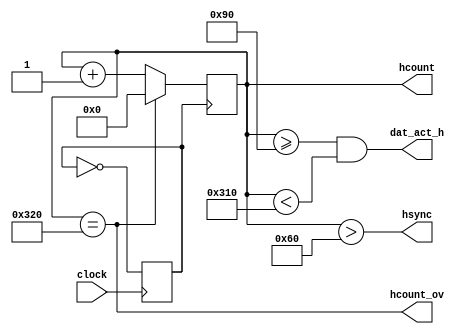
/*
Autor: Malki-edheq Benjamim
Disciplina: Eletrnica Digital 1A
Descrio: Mdulo para sincronizao horizontal da interface VGA
Referncia: 
	https://web.mit.edu/6.111/www/labkit/vga.shtml
	http://tinyvga.com/vga-timing
	
Detalhamento:

	O mdulo `horizontal_sync`  responsvel por gerar os sinais de sincronizao horizontal necessrios para a interface VGA. Esses sinais controlam a posio horizontal da varredura da tela e permitem que o monitor sincronize a exibio de dados corretamente. O mdulo trabalha em conjunto com o mdulo de sincronizao vertical (`vertical_sync`) e o gerador de pixels (`pixel_generator`) para formar a base da interface VGA completa.

	1. **Entradas:**
		- `clock`: O sinal de clock do sistema.
		
	2. **Sadas:**
		- `hsync`: Sinal de sincronizao horizontal que indica o incio de uma nova linha na tela.
		- `hcount`: Contador de varredura horizontal que representa a posio atual da varredura na linha.
		- `hcount_ov`: Sinal que indica o estouro do contador de varredura horizontal, ou seja, quando uma nova linha comea.
		- `dat_act_h`: Sinal de ativao de pixels horizontal, que  usado para ativar os pixels apenas durante a varredura ativa da linha.
		
	3. **Parmetros e Constantes:**
		- Os parmetros definem os valores de temporizao da varredura horizontal, como o tempo de durao do pulso de sincronizao horizontal, a largura do prtico de trs e da frente e a resoluo horizontal da tela.
		
	4. **Variveis e Sinais Internos:**
		- `hcount`: Registrador para armazenar o valor atual da varredura horizontal.
		- `vga_clk`: Sinal de clock interno para sincronizao.
		
	5. **Lgica de Gerao de Clock Interno:**
		- Gera um sinal de clock interno `vga_clk` com uma frequncia de 25 MHz para sincronizao.
		
	6. **Lgica de Contagem de Varredura Horizontal:**
		- O contador de varredura horizontal `hcount`  incrementado a cada ciclo de clock, representando a posio atual da varredura na linha.
		- Quando o contador atinge o valor que representa o final da linha, o sinal `hcount_ov`  ativado para indicar o incio de uma nova linha.
		
	7. **Lgica de Sincronizao Horizontal:**
		- O sinal `hsync`  ativado no incio de cada nova linha e mantido alto durante o pulso de sincronizao horizontal.
		- O sinal `dat_act_h`  definido para ativar os pixels apenas durante a varredura ativa da linha.
		
	8. **Definio da Resoluo Horizontal:**
		- Os parmetros de temporizao definem os limites da varredura horizontal, como o incio e o fim da linha ativa, os prticos de trs e de frente, e assim por diante.

	O mdulo `horizontal_sync` desempenha um papel fundamental na coordenao da varredura horizontal da tela, garantindo que os sinais de sincronizao sejam gerados no momento certo para que o monitor interprete corretamente os dados que esto sendo exibidos. 
	Ele contribui para a formao da imagem geral na interface VGA.
*/
module horizontal_sync(
   clock,
   hsync,
	hcount,
	hcount_ov,	
	dat_act_h
);
	input  clock;     	//50MHz clock de entrada do sistema
	output hsync;     	//Sinal para sincronizao horizontal VGA
	output [9:0] hcount;	//externa o valor do contador de varredura horizontal
	output hcount_ov;
	output dat_act_h;		//flag auxiliar para ativao de pixels
		
	wire  hcount_ov; 	//flag de estouro do contador horizontal
	wire  hsync; 		//conduo de sada de horizontal vertical
	wire  dat_act_h;  //conduo para flag auxiliar para ativao de pixels
	
	reg [9:0] hcount; //Contador de varredura de linha VGA
	reg vga_clk; 	   //clock do VGA

	//Tabela de parmetros de temporizao de varredura horizontal
	// VGA Signal 640 x 480 @ 60 Hz Industry standard timing
	// http://tinyvga.com/vga-timing/640x480@60Hz
	
	parameter hsync_pulse = 10'd96;
	parameter hback_porch = 10'd48;
	parameter hfront_porch= 10'd16;
	parameter hresolution = 10'd640;
	
	localparam hsync_end  = hsync_pulse;  //(95+1)/50MHz = 19.2us (pulso hsync)
	localparam hdat_begin = hsync_end + hback_porch; // resoluo h = hdat_end - hdat_begin (hdat_begin = hsync_end + back_porch)
	localparam hdat_end   = hdat_begin + hresolution; // resoluo h = 784-143 = 640 pixels
	localparam hpixel_end = hdat_end + hfront_porch; // total pixels h (line) = hpixel_end + 1 = hdat_end + front_porch
	
	//Gerao de clock interno
	always @(posedge clock)
	begin
		vga_clk = ~vga_clk;
	end
	
	//************************VGA hsync*******************************
	//varredura horizontal de pixels    
	always @(posedge vga_clk)
	begin
		if (hcount_ov)
			hcount <= 10'd0;
		else
			hcount <= hcount + 10'd1;
		end
	assign hcount_ov = (hcount == hpixel_end);
	//--------------------------------------------

	//************************VGA sadas*******************************
	// atribuio dos sinais as respectivas sadas
	assign dat_act_h = ((hcount >= hdat_begin) && (hcount < hdat_end));
	assign hsync = (hcount > hsync_end);

	//--------------------------------------------
	

endmodule